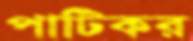
পাটিকর